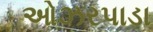
ઓઝરપાડા